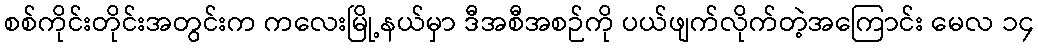
စစ်ကိုင်းတိုင်းအတွင်းက ကလေးမြို့နယ်မှာ ဒီအစီအစဉ်ကို ပယ်ဖျက်လိုက်တဲ့အကြောင်း မေလ ၁၄